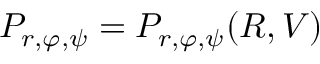
P _ { r , \varphi , \psi } = P _ { r , \varphi , \psi } ( R , V )